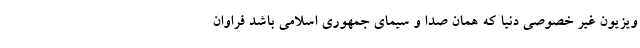
ویزیون غیر خصوصی دنیا که همان صدا و سیمای جمهوری اسلامی باشد فراوان